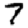
Digit: 7